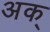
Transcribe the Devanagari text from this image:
अक्